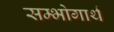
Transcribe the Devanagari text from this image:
सम्भोगार्थ